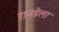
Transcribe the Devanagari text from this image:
रानडेला